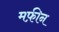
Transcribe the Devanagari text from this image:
मफ़ीन